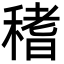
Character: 䅲